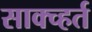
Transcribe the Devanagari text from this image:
साक्च्हर्त